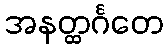
အနတ္ထင်္ဂတေ